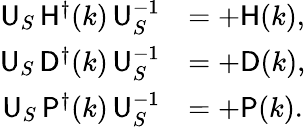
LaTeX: \begin{array}{rl}{{\sf U}_{S}\, {\sf H}^{\dagger}(k)\, {\sf U}_{S}^{-1}}&{=+{\sf H}(k),}\\ {{\sf U}_{S}\, {\sf D}^{\dagger}(k)\, {\sf U}_{S}^{-1}}&{=+{\sf D}(k),}\\ {{\sf U}_{S}\, {\sf P}^{\dagger}(k)\, {\sf U}_{S}^{-1}}&{=+{\sf P}(k).}\end{array}